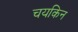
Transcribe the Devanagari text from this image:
चयकिन